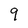
Character: 9